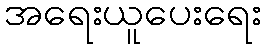
အရေးယူပေးရေး